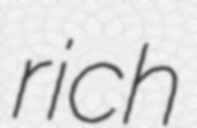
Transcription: rich